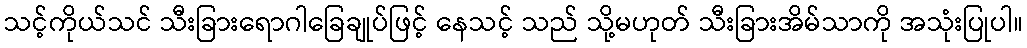
သင့်ကိုယ်သင် သီးခြားရောဂါခြေချုပ်ဖြင့် နေသင့် သည် သို့မဟုတ် သီးခြားအိမ်သာကို အသုံးပြုပါ။